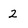
Character: 2